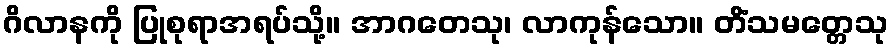
ဂိလာနကို ပြုစုရာအရပ်သို့။ အာဂတေသု၊ လာကုန်သော။ တိံသမတ္တေသု